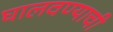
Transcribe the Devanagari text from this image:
घालवण्याची